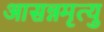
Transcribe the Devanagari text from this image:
आसन्नमृत्यु